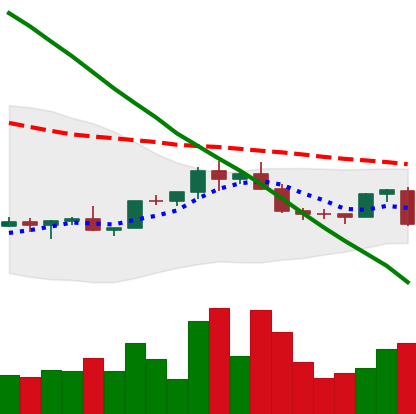
Ticker: EOS-USD
Chart end date: 2022-02-17
Forward return: -6.723%
Label: down_5_7